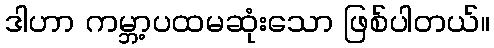
ဒါဟာ ကမ္ဘာ့ပထမဆုံးသော ဖြစ်ပါတယ်။